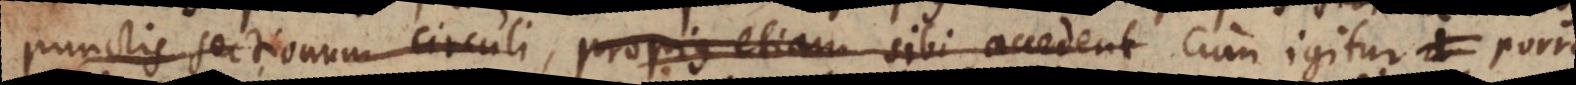
punctis sectionum circuli, propius etiam sibi accedent Cum igitur porro